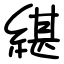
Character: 𦂼